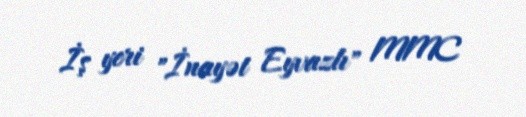
İş yeri "İnayət Eyvazlı" MMC